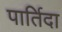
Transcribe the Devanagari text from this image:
पार्तिदा